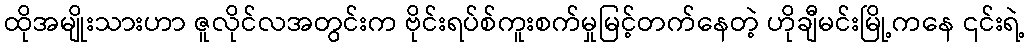
ထိုအမျိုးသားဟာ ဇူလိုင်လအတွင်းက ဗိုင်းရပ်စ်ကူးစက်မှုမြင့်တက်နေတဲ့ ဟိုချီမင်းမြို့ကနေ ၎င်းရဲ့